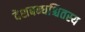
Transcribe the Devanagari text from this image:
देशबन्धश्चितस्य